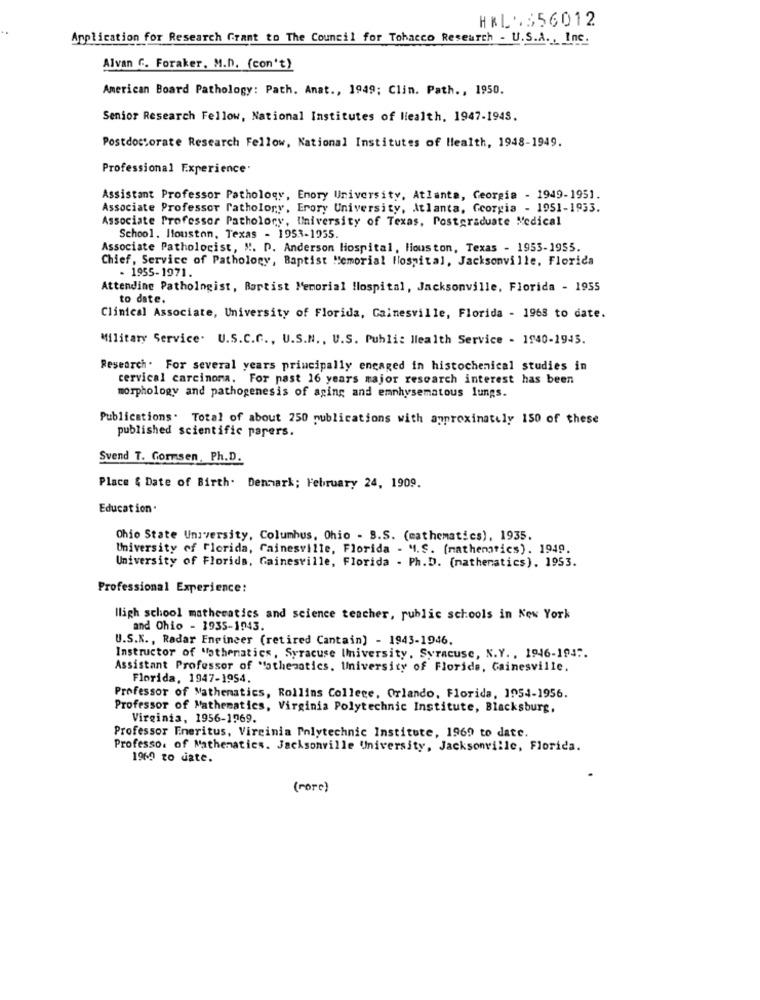
HEL5356012
Application for Research Grant to The Council for Tohacco Research - U.S.A ., Inc.
Alvan C. Foraker, M.D. (con't)
American Board Pathology: Path. Anat ., 1949; Clin. Path ., 1950.
Senior Research Fellow, National Institutes of Health, 1947-1943.
Postdoctorate Research Fellow, National Institutes of Health, 1948-1949.
Professional Experience
Assistant Professor Pathology, Enory University, Atlanta, Georgia - 1949-1951.
Associate Professor Pathology, Erory University, Atlanta, Georgia - 1951-1933.
Associate Professor Patholory, University of Texas, Postgraduate Medical
School. Houston, Texas - 1953-1955.
Associate Pathologist, M. D. Anderson Hospital, liouston, Texas - 1953-1955.
Chief, Service of Pathology, Baptist Memorial Hospital, Jacksonville, Florida
- 1955-1971.
Attending Pathologist, Bartist Memorial Hospital, Jacksonville, Florida - 1955
to date.
Clinical Associate, University of Florida, Gainesville, Florida - 1963 to date.
Military Service. U.S.C.C ., U.S.N ., U.S. Public Health Service - 1940-1945.
Research. For several years principally engaged in histochemical studies in
cervical carcinoma. For past 16 years major research interest has been
morphology and pathogenesis of aging and emphysematous lungs.
Publications. Total of about 250 publications with approximately 150 of these
published scientific papers.
Svend T. Gormsen, Ph.D.
Place { Date of Birth. Denmark; February 24, 1909.
Education .
Ohio State University, Columbus, Ohio - B.S. (mathematics), 1935.
University of Florida, Gainesville, Florida - M.S. (mathematics). 1949.
University of Florida, Gainesville, Florida - Ph.D. (mathematics). 1953.
Professional Experience:
High school mathematics and science teacher, public schools in New York
and Ohio - 1935-1943.
U.S.K ., Radar Engineer (retired Cantain) - 1943-1946.
Instructor of Mathematics, Syracuse University, Syracuse, N.Y. , 1946-194".
Assistant Professor of "othematics, University of Florida, Gainesville.
Florida, 1947-1954.
Professor of Mathematics, Rollins College, Orlando, Florida, 1954-1956.
Professor of Mathematics, Virginia Polytechnic Institute, Blacksburg,
Virginia, 1956-1969.
Professor Emeritus, Virginia Polytechnic Institute, 1969 to date.
Professo. of Mathematics. Jacksonville University, Jacksonville, Florida.
1960 to date.
( more )